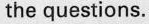
the questions.